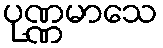
ပုဏ္ဏမာသေ